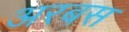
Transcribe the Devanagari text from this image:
अरबस